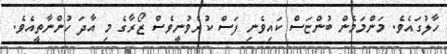
ހާލުގައެވެ. މަންމަމެން ބުންޏަސް ކައިވެނި ފަސް ކުރެވުނީވެސް ޒޯރާގެ މި އާދަ ހުންނާތީއެވެ.